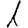
Digit: 1